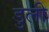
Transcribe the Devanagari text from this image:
डुली